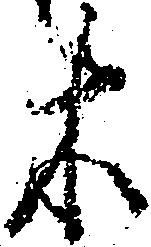
木